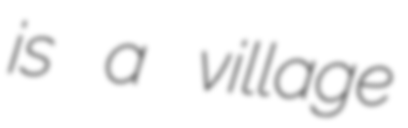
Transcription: is a village